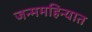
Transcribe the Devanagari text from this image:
जन्ममहिन्यात